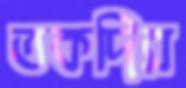
তকদির